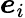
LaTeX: \boldsymbol{e}_{i}